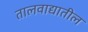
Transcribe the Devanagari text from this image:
तालवाद्यातील